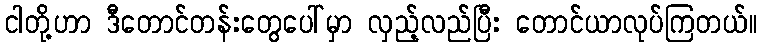
ငါတို့ဟာ ဒီတောင်တန်းတွေပေါ်မှာ လှည့်လည်ပြီး တောင်ယာလုပ်ကြတယ်။